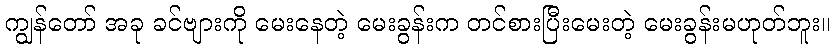
ကျွန်တော် အခု ခင်ဗျားကို မေးနေတဲ့ မေးခွန်းက တင်စားပြီးမေးတဲ့ မေးခွန်းမဟုတ်ဘူး။